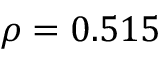
\rho = 0 . 5 1 5